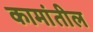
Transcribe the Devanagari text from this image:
कामांतील